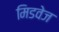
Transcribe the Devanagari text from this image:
मिडवेज